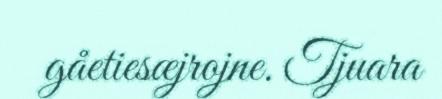
gåetiesæjrojne. Tjuara